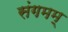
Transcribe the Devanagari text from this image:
संगमम्